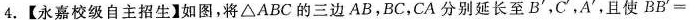
4.【永嘉校级自主招生】如图，将△ABC的三边AB，BC，CA分别延长至B '，C '，A '，且使$$B B '=